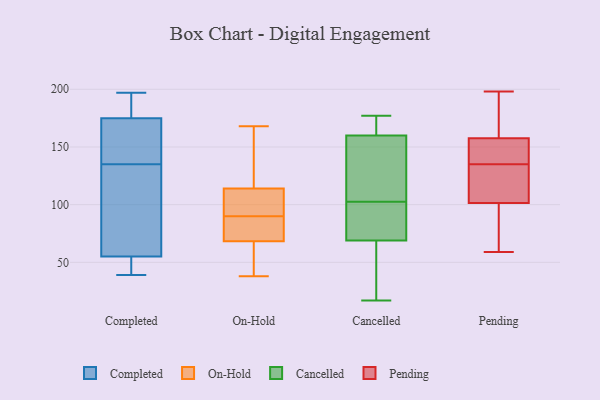
{"axis": {"x": "Gross Profit (USD K)", "y": "Value"}, "legend": ["Cancelled", "Completed", "On-Hold", "Pending"], "data": [{"x": "", "y": 55, "type": "Completed"}, {"x": "", "y": 156, "type": "Completed"}, {"x": "", "y": 114, "type": "Completed"}, {"x": "", "y": 67, "type": "Completed"}, {"x": "", "y": 46, "type": "Completed"}, {"x": "", "y": 180, "type": "Completed"}, {"x": "", "y": 173, "type": "Completed"}, {"x": "", "y": 39, "type": "Completed"}, {"x": "", "y": 175, "type": "Completed"}, {"x": "", "y": 197, "type": "Completed"}, {"x": "", "y": 111, "type": "On-Hold"}, {"x": "", "y": 45, "type": "On-Hold"}, {"x": "", "y": 123, "type": "On-Hold"}, {"x": "", "y": 43, "type": "On-Hold"}, {"x": "", "y": 102, "type": "On-Hold"}, {"x": "", "y": 76, "type": "On-Hold"}, {"x": "", "y": 90, "type": "On-Hold"}, {"x": "", "y": 135, "type": "On-Hold"}, {"x": "", "y": 83, "type": "On-Hold"}, {"x": "", "y": 38, "type": "On-Hold"}, {"x": "", "y": 105, "type": "On-Hold"}, {"x": "", "y": 168, "type": "On-Hold"}, {"x": "", "y": 83, "type": "On-Hold"}, {"x": "", "y": 158, "type": "Cancelled"}, {"x": "", "y": 177, "type": "Cancelled"}, {"x": "", "y": 17, "type": "Cancelled"}, {"x": "", "y": 29, "type": "Cancelled"}, {"x": "", "y": 165, "type": "Cancelled"}, {"x": "", "y": 106, "type": "Cancelled"}, {"x": "", "y": 69, "type": "Cancelled"}, {"x": "", "y": 163, "type": "Cancelled"}, {"x": "", "y": 155, "type": "Cancelled"}, {"x": "", "y": 160, "type": "Cancelled"}, {"x": "", "y": 99, "type": "Cancelled"}, {"x": "", "y": 76, "type": "Cancelled"}, {"x": "", "y": 40, "type": "Cancelled"}, {"x": "", "y": 73, "type": "Cancelled"}, {"x": "", "y": 157, "type": "Pending"}, {"x": "", "y": 133, "type": "Pending"}, {"x": "", "y": 61, "type": "Pending"}, {"x": "", "y": 123, "type": "Pending"}, {"x": "", "y": 59, "type": "Pending"}, {"x": "", "y": 161, "type": "Pending"}, {"x": "", "y": 113, "type": "Pending"}, {"x": "", "y": 157, "type": "Pending"}, {"x": "", "y": 198, "type": "Pending"}, {"x": "", "y": 152, "type": "Pending"}, {"x": "", "y": 69, "type": "Pending"}, {"x": "", "y": 162, "type": "Pending"}, {"x": "", "y": 159, "type": "Pending"}, {"x": "", "y": 135, "type": "Pending"}, {"x": "", "y": 136, "type": "Pending"}, {"x": "", "y": 103, "type": "Pending"}, {"x": "", "y": 97, "type": "Pending"}]}